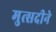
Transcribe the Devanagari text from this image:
मुत्सदीने